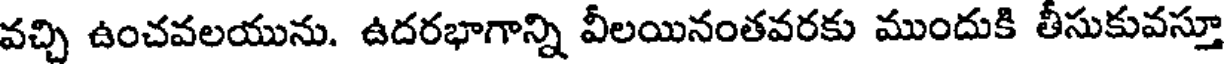
వచ్చి ఉంచవలయును. ఉదరభాగాన్ని వీలయినంతవరకు ముందుకి తీసుకువస్తూ